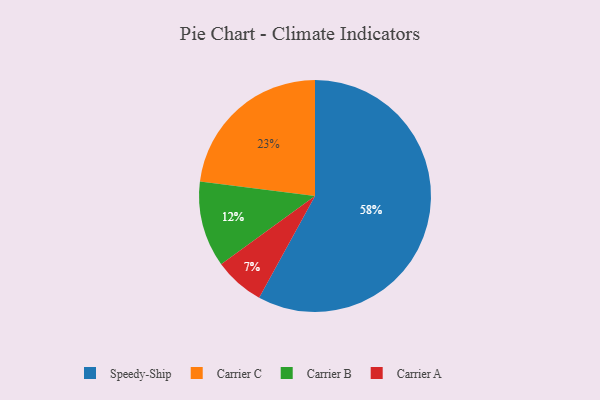
{"axis": {"x": "Category", "y": "Percentage"}, "legend": ["Carrier A", "Carrier B", "Carrier C", "Speedy-Ship"], "data": [{"x": "Carrier A", "y": 7, "type": "Carrier A"}, {"x": "Carrier B", "y": 12, "type": "Carrier B"}, {"x": "Carrier C", "y": 23, "type": "Carrier C"}, {"x": "Speedy-Ship", "y": 58, "type": "Speedy-Ship"}]}